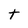
Character: t